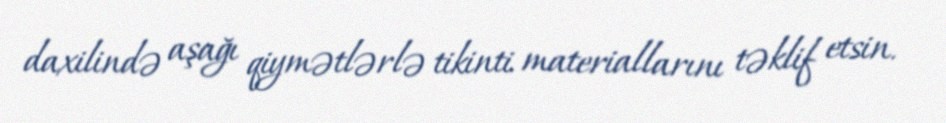
daxilində aşağı qiymətlərlə tikinti materiallarını təklif etsin.